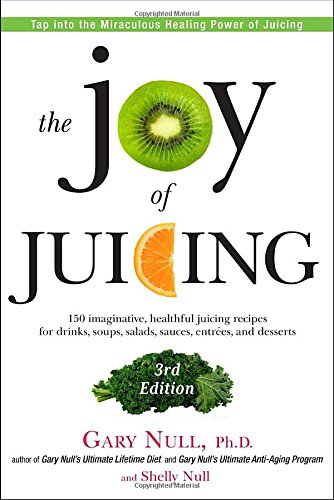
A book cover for The Joy of Juicing, 3rd Edition: 150 imaginative, healthful juicing recipes for drinks, soups, salads, sauces, entrees, and desserts; Gary Null; Cookbooks, Food & Wine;